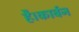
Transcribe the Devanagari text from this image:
है।कार्बन